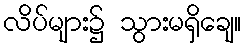
လိပ်များ၌ သွားမရှိချေ။